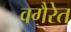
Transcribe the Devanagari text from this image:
वगैरेत